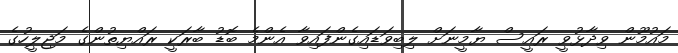
މައުމޫން ވިދާޅުވީ ރައީސް ޔާމީނަށް ލިބިވަޑައިގެންފައިވާ އެންމެ ބޮޑު ބާރަކީ ރައްޔިތުންގެ މަޖިލީހުގެ